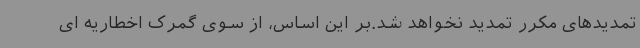
تمدیدهای مکرر تمدید نخواهد شد.بر این اساس، از سوی گمرک اخطاریه ای